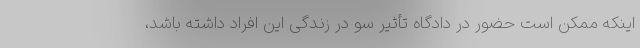
اینکه ممکن است حضور در دادگاه تأثیر سو در زندگی این افراد داشته باشد،